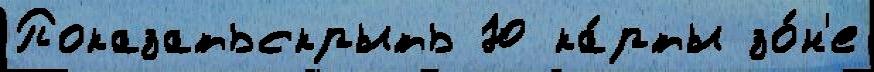
Показатьскрыть Ю ка́рты зо́н'е